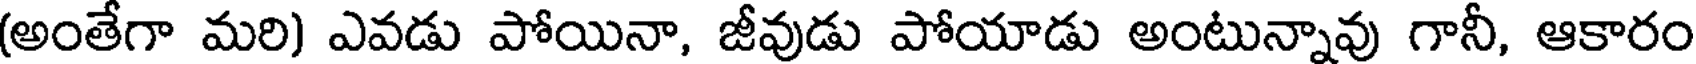
(అంతేగా మరి) ఎవడు పోయినా, జీవుడు పోయాడు అంటున్నావు గానీ, ఆకారం